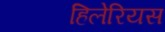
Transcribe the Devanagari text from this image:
हिलेरियस